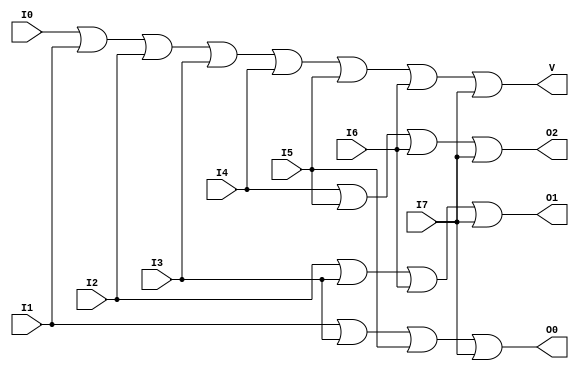
module encoder_8to3 (
    input wire I0, I1, I2, I3, I4, I5, I6, I7,
    output wire O2, O1, O0,
    output wire V
);

// Assign valid output (V)
assign V = I0 | I1 | I2 | I3 | I4 | I5 | I6 | I7;

// Assign outputs based on the active input line
assign O2 = (I4 | I5 | I6 | I7);
assign O1 = (I2 | I3 | I6 | I7);
assign O0 = (I1 | I3 | I5 | I7);

endmodule